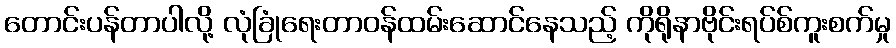
တောင်းပန်တာပါလို့ လုံခြုံရေးတာဝန်ထမ်းဆောင်နေသည့် ကိုရိုနာဗိုင်းရပ်စ်ကူးစက်မှု